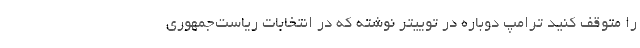
را متوقف کنید ترامپ دوباره در توییتر نوشته که در انتخابات ریاست‌جمهوری